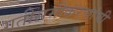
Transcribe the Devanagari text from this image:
गतीसमीकरणांची